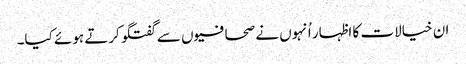
ان خیالات کا اظہار اُنہوں نے صحافیوں سے گفتگو کرتے ہوئے کیا۔